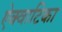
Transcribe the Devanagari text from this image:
ऐक्वाटिका